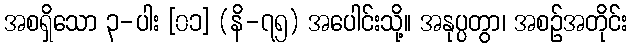
အစရှိသော ၃-ပါး [၀၁] (နိ-၇၅) အပေါင်းသို့။ အနုပ္ပတွာ၊ အစဉ်အတိုင်း